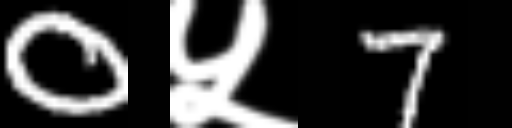
Text: 0५7